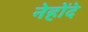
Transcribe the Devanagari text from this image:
नेहोंदे